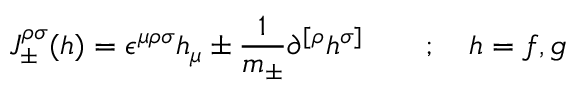
{ J } _ { \pm } ^ { \rho \sigma } ( h ) = \epsilon ^ { \mu \rho \sigma } h _ { \mu } \pm \frac { 1 } { m _ { \pm } } \partial ^ { [ \rho } h ^ { \sigma ] } \quad \quad ; \quad h = f , g